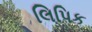
લિપિક